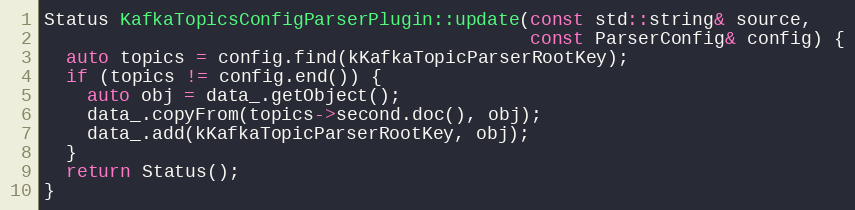
Language: C++
Status KafkaTopicsConfigParserPlugin::update(const std::string& source,
                                             const ParserConfig& config) {
  auto topics = config.find(kKafkaTopicParserRootKey);
  if (topics != config.end()) {
    auto obj = data_.getObject();
    data_.copyFrom(topics->second.doc(), obj);
    data_.add(kKafkaTopicParserRootKey, obj);
  }
  return Status();
}